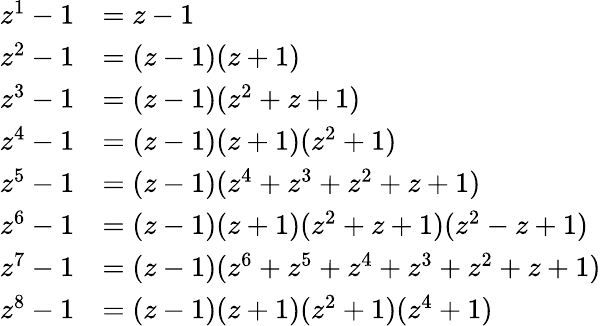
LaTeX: {\begin{array}{rl}{z^{1}-1}&{=z-1}\\ {z^{2}-1}&{=(z-1)(z+1)}\\ {z^{3}-1}&{=(z-1)(z^{2}+z+1)}\\ {z^{4}-1}&{=(z-1)(z+1)(z^{2}+1)}\\ {z^{5}-1}&{=(z-1)(z^{4}+z^{3}+z^{2}+z+1)}\\ {z^{6}-1}&{=(z-1)(z+1)(z^{2}+z+1)(z^{2}-z+1)}\\ {z^{7}-1}&{=(z-1)(z^{6}+z^{5}+z^{4}+z^{3}+z^{2}+z+1)}\\ {z^{8}-1}&{=(z-1)(z+1)(z^{2}+1)(z^{4}+1)}\end{array}}